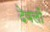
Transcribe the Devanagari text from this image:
देवलों